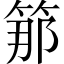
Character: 𥭵